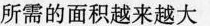
所需的面积越来越大